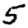
Digit: 5